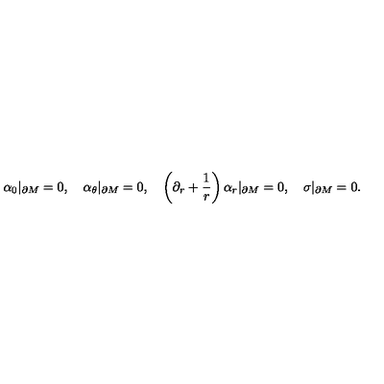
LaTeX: \alpha _ { 0 } | _ { \partial M } = 0 , \quad \alpha _ { \theta } | _ { \partial M } = 0 , \quad \left( \partial _ { r } + \frac 1 r \right) \alpha _ { r } | _ { \partial M } = 0 , \quad \sigma | _ { \partial M } = 0 .